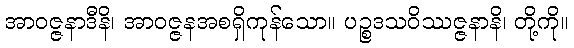
အာဝဇ္ဇနာဒီနိ၊ အာဝဇ္ဇနအစရှိကုန်သော။ ပဉ္စဒသဝိဿဇ္ဇနာနိ၊ တို့ကို။